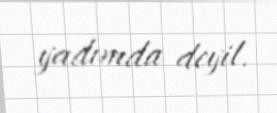
yadımda deyil.